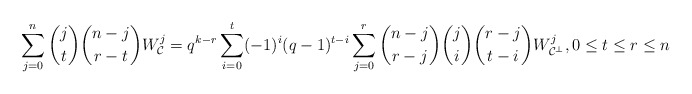
\begin{align*}\sum_{j=0}^n\binom{j}{t}\binom{n-j}{r-t}W_{\mathcal{C}}^j=q^{k-r}\sum_{i=0}^t(-1)^i(q-1)^{t-i}\sum_{j=0}^r\binom{n-j}{r-j}\binom{j}{i}\binom{r-j}{t-i}W_{\mathcal{C}^{\perp}}^j,0\leq t\leq r\leq n\end{align*}